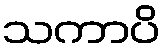
သကာပိ